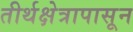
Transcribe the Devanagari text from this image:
तीर्थक्षेत्रापासून